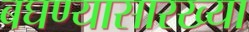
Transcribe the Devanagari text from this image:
बघण्यासारख्या